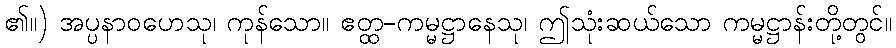
၏။) အပ္ပနာဝဟေသု၊ ကုန်သော။ ဧတ္ထ-ကမ္မဋ္ဌာနေသု၊ ဤသုံးဆယ်သော ကမ္မဋ္ဌာန်းတို့တွင်။